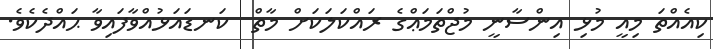
ކިއެއްތަ މިއީ މުޅި އިންސާނީ މުޖްތަމަޢްގެ ރައްކަލަކަށް މާތް  ކަނޑައަޅުއްވާފައިވާ ޙައްދެކެވެ.